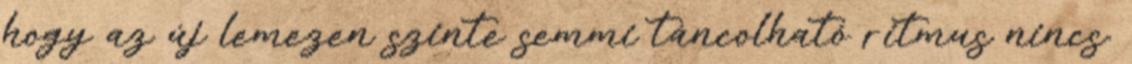
hogy az új lemezen szinte semmi táncolható ritmus nincs.